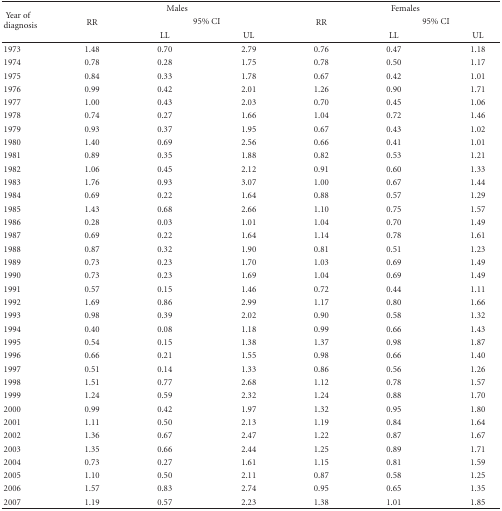
<table><thead><tr><td rowspan="3"><b> Year of diagnosis</b></td><td colspan="3"><b>Males</b></td><td colspan="3"><b>Females</b></td></tr><tr><td><b> RR</b></td><td colspan="2"><b> 95% CI</b></td><td><b> RR</b></td><td colspan="2"><b> 95% CI</b></td></tr><tr><td></td><td><b> LL</b></td><td><b> UL</b></td><td></td><td><b> LL</b></td><td><b> UL</b></td></tr></thead><tbody><tr><td>1973</td><td>1.48</td><td>0.70</td><td>2.79</td><td>0.76</td><td>0.47</td><td>1.18</td></tr><tr><td>1974</td><td>0.78</td><td>0.28</td><td>1.75</td><td>0.78</td><td>0.50</td><td>1.17</td></tr><tr><td>1975</td><td>0.84</td><td>0.33</td><td>1.78</td><td>0.67</td><td>0.42</td><td>1.01</td></tr><tr><td>1976</td><td>0.99</td><td>0.42</td><td>2.01</td><td>1.26</td><td>0.90</td><td>1.71</td></tr><tr><td>1977</td><td>1.00</td><td>0.43</td><td>2.03</td><td>0.70</td><td>0.45</td><td>1.06</td></tr><tr><td>1978</td><td>0.74</td><td>0.27</td><td>1.66</td><td>1.04</td><td>0.72</td><td>1.46</td></tr><tr><td>1979</td><td>0.93</td><td>0.37</td><td>1.95</td><td>0.67</td><td>0.43</td><td>1.02</td></tr><tr><td>1980</td><td>1.40</td><td>0.69</td><td>2.56</td><td>0.66</td><td>0.41</td><td>1.01</td></tr><tr><td>1981</td><td>0.89</td><td>0.35</td><td>1.88</td><td>0.82</td><td>0.53</td><td>1.21</td></tr><tr><td>1982</td><td>1.06</td><td>0.45</td><td>2.12</td><td>0.91</td><td>0.60</td><td>1.33</td></tr><tr><td>1983</td><td>1.76</td><td>0.93</td><td>3.07</td><td>1.00</td><td>0.67</td><td>1.44</td></tr><tr><td>1984</td><td>0.69</td><td>0.22</td><td>1.64</td><td>0.88</td><td>0.57</td><td>1.29</td></tr><tr><td>1985</td><td>1.43</td><td>0.68</td><td>2.66</td><td>1.10</td><td>0.75</td><td>1.57</td></tr><tr><td>1986</td><td>0.28</td><td>0.03</td><td>1.01</td><td>1.04</td><td>0.70</td><td>1.49</td></tr><tr><td>1987</td><td>0.69</td><td>0.22</td><td>1.64</td><td>1.14</td><td>0.78</td><td>1.61</td></tr><tr><td>1988</td><td>0.87</td><td>0.32</td><td>1.90</td><td>0.81</td><td>0.51</td><td>1.23</td></tr><tr><td>1989</td><td>0.73</td><td>0.23</td><td>1.70</td><td>1.03</td><td>0.69</td><td>1.49</td></tr><tr><td>1990</td><td>0.73</td><td>0.23</td><td>1.69</td><td>1.04</td><td>0.69</td><td>1.49</td></tr><tr><td>1991</td><td>0.57</td><td>0.15</td><td>1.46</td><td>0.72</td><td>0.44</td><td>1.11</td></tr><tr><td>1992</td><td>1.69</td><td>0.86</td><td>2.99</td><td>1.17</td><td>0.80</td><td>1.66</td></tr><tr><td>1993</td><td>0.98</td><td>0.39</td><td>2.02</td><td>0.90</td><td>0.58</td><td>1.32</td></tr><tr><td>1994</td><td>0.40</td><td>0.08</td><td>1.18</td><td>0.99</td><td>0.66</td><td>1.43</td></tr><tr><td>1995</td><td>0.54</td><td>0.15</td><td>1.38</td><td>1.37</td><td>0.98</td><td>1.87</td></tr><tr><td>1996</td><td>0.66</td><td>0.21</td><td>1.55</td><td>0.98</td><td>0.66</td><td>1.40</td></tr><tr><td>1997</td><td>0.51</td><td>0.14</td><td>1.33</td><td>0.86</td><td>0.56</td><td>1.26</td></tr><tr><td>1998</td><td>1.51</td><td>0.77</td><td>2.68</td><td>1.12</td><td>0.78</td><td>1.57</td></tr><tr><td>1999</td><td>1.24</td><td>0.59</td><td>2.32</td><td>1.24</td><td>0.88</td><td>1.70</td></tr><tr><td>2000</td><td>0.99</td><td>0.42</td><td>1.97</td><td>1.32</td><td>0.95</td><td>1.80</td></tr><tr><td>2001</td><td>1.11</td><td>0.50</td><td>2.13</td><td>1.19</td><td>0.84</td><td>1.64</td></tr><tr><td>2002</td><td>1.36</td><td>0.67</td><td>2.47</td><td>1.22</td><td>0.87</td><td>1.67</td></tr><tr><td>2003</td><td>1.35</td><td>0.66</td><td>2.44</td><td>1.25</td><td>0.89</td><td>1.71</td></tr><tr><td>2004</td><td>0.73</td><td>0.27</td><td>1.61</td><td>1.15</td><td>0.81</td><td>1.59</td></tr><tr><td>2005</td><td>1.10</td><td>0.50</td><td>2.11</td><td>0.87</td><td>0.58</td><td>1.25</td></tr><tr><td>2006</td><td>1.57</td><td>0.83</td><td>2.74</td><td>0.95</td><td>0.65</td><td>1.35</td></tr><tr><td>2007</td><td>1.19</td><td>0.57</td><td>2.23</td><td>1.38</td><td>1.01</td><td>1.85</td></tr></tbody></table>